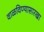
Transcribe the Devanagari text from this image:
वाळविण्यासारखा